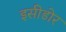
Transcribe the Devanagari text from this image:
इसीडोर